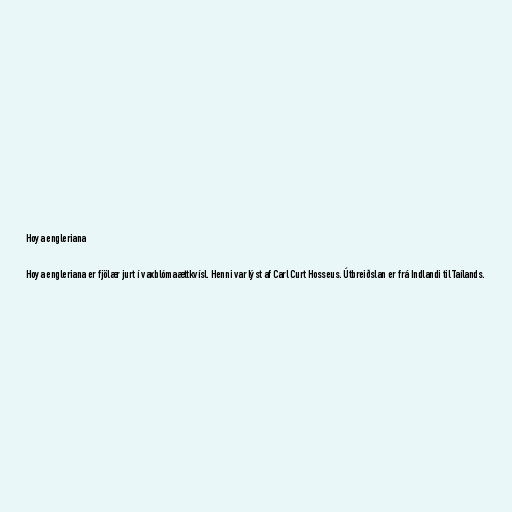
Hoya engleriana

Hoya engleriana er fjölær jurt í vaxblómaættkvísl. Henni var lýst af Carl Curt Hosseus. Útbreiðslan er frá Indlandi til Taílands.